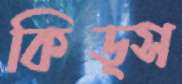
কিড্স